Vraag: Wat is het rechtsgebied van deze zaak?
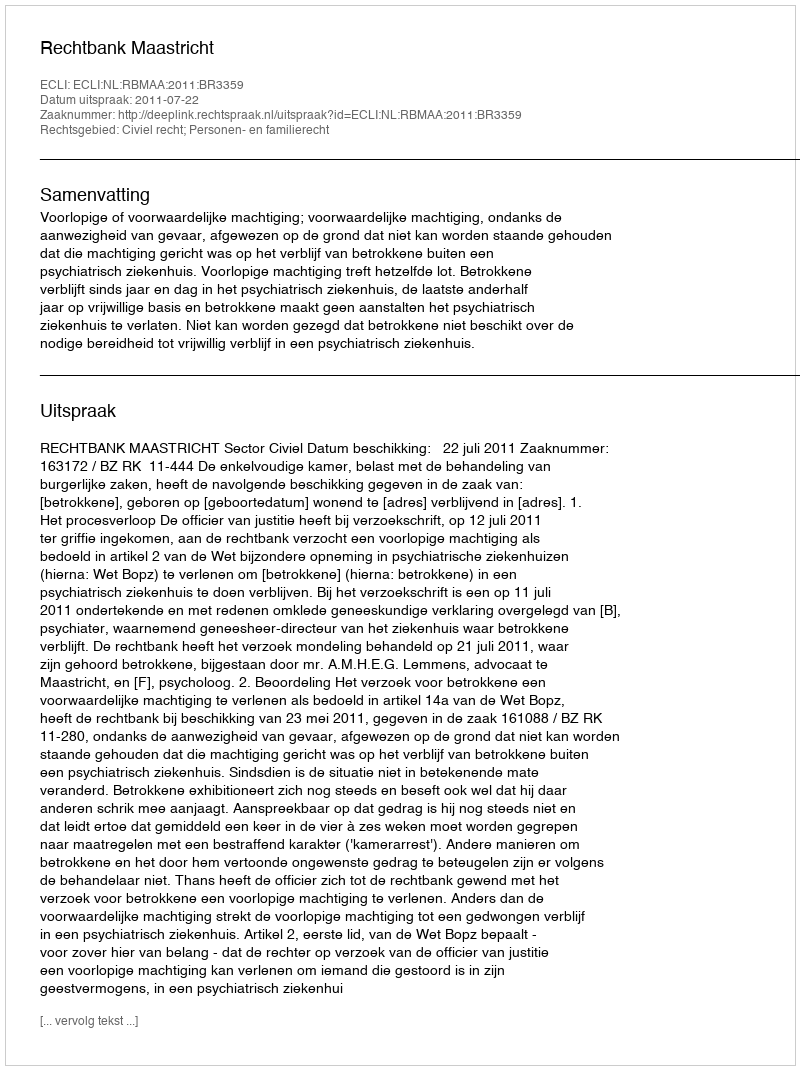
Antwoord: Civiel recht; Personen- en familierecht